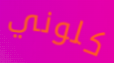
كلوني